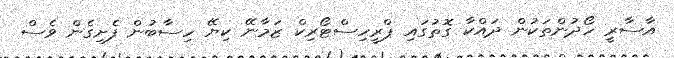
އާސާރީ ހޯދުންތަކުން ދައްކާ ގޮތުގައި ޕްރީހިސްޓޯރިކް ޒަމާނޭ ކިޔޭ ހިސާބުން ފެށިގެން ވެސް